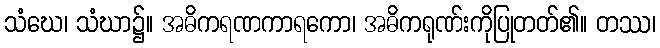
သံဃေ၊ သံဃာ၌။ အဓိကရဏကာရကော၊ အဓိကရုဏ်းကိုပြုတတ်၏။ တဿ၊